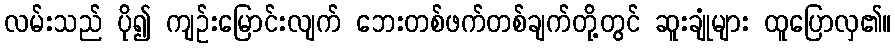
လမ်းသည် ပို၍ ကျဉ်းမြောင်းလျက် ဘေးတစ်ဖက်တစ်ချက်တို့တွင် ဆူးချုံများ ထူပြောလှ၏။